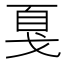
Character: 戛